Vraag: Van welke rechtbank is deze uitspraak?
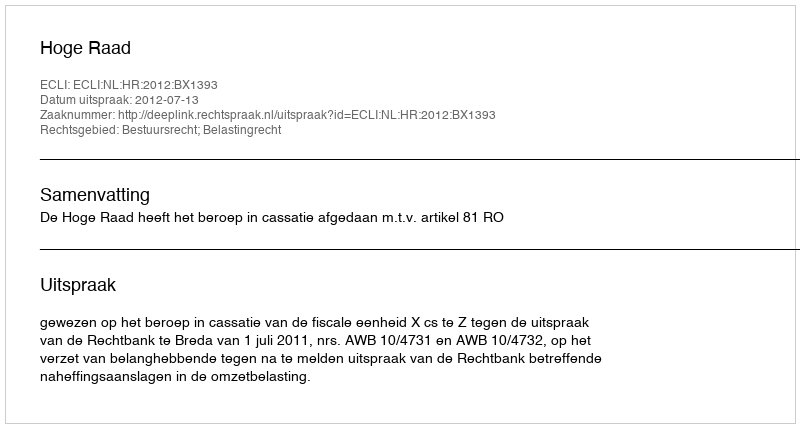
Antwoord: Hoge Raad